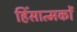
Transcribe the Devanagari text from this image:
हिंसात्मकों